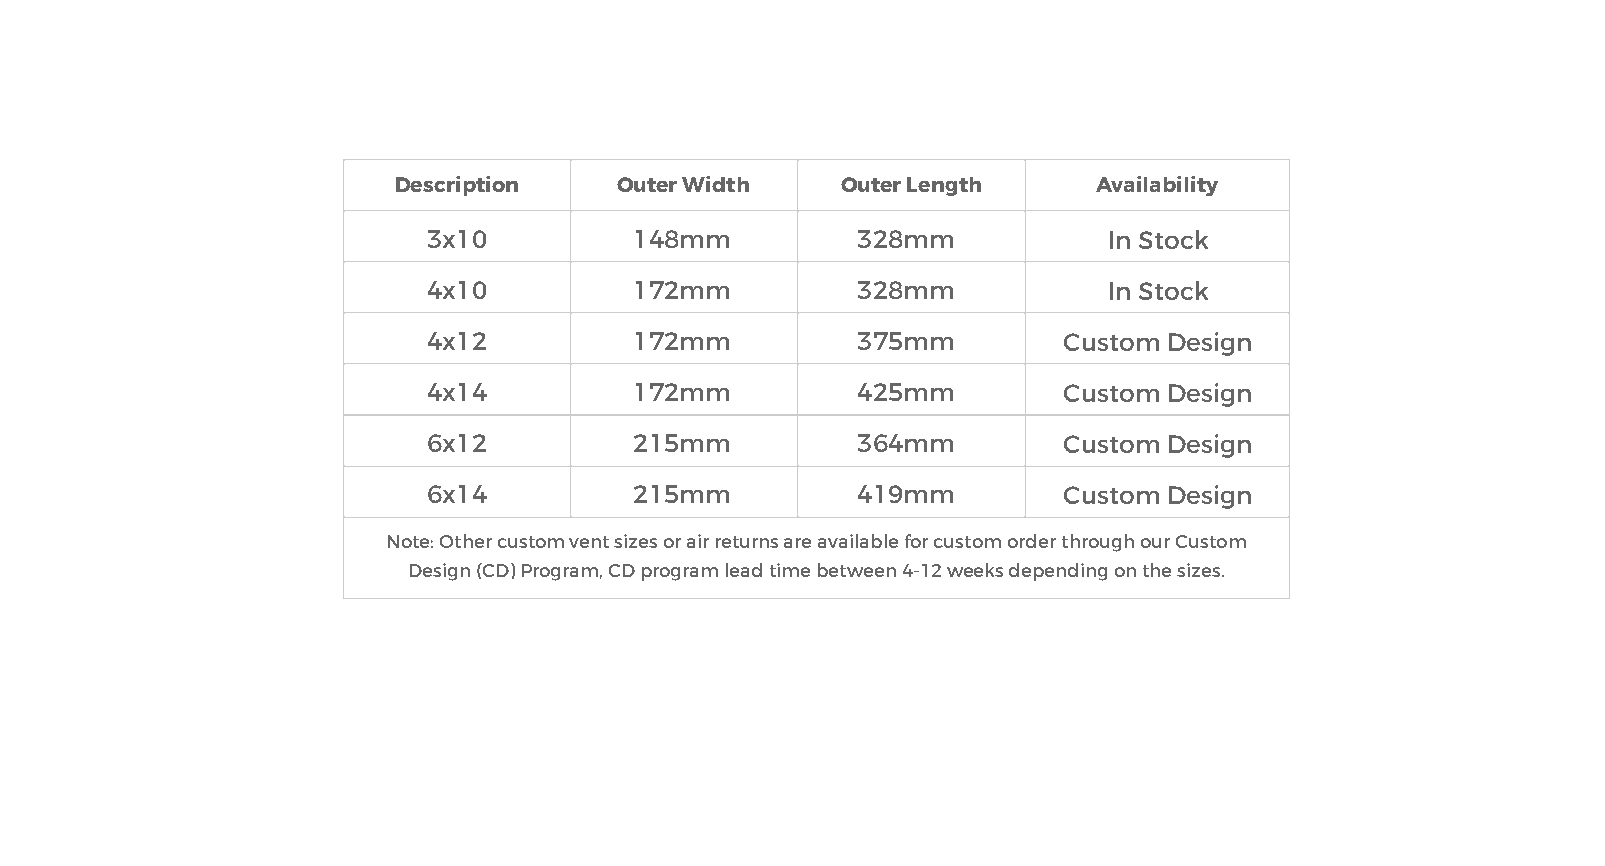
Description    Outer Width    Outer Length     Availability
 3x10          148mm          328mm           In Stock
 4x10          172mm          328mm           In Stock
 4x12          172mm          375mm        Custom Design
 4x14          172mm          425mm        Custom Design
 6x12          215mm          364mm        Custom Design
 6x14          215mm          419mm        Custom Design
 Note: Other custom vent sizes or air returns are available for custom order through our Custom
 Design (CD) Program, CD program lead time between 4-12 weeks depending on the sizes.